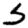
Digit: 5